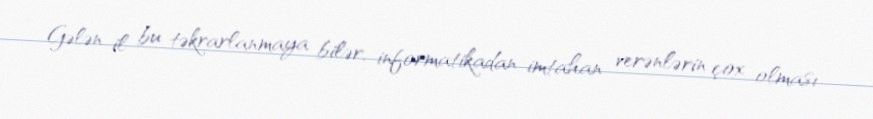
Gələn il bu təkrarlanmaya bilər, informatikadan imtahan verənlərin çox olması